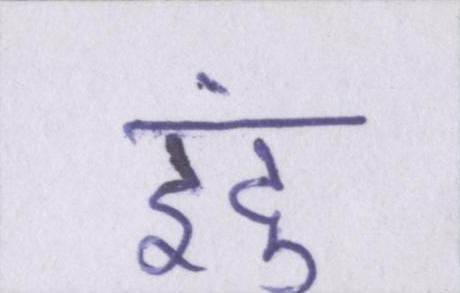
इंदु